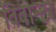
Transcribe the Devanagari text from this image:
विवान्टा